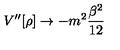
V ^ { \prime \prime } [ \rho ] \rightarrow - m ^ { 2 } \frac { \beta ^ { 2 } } { 1 2 }